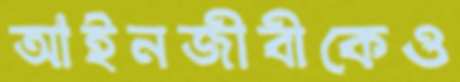
আইনজীবীকেও